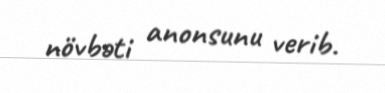
növbəti anonsunu verib.